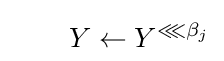
\qquad Y\leftarrow Y^{\lll \beta _{j}}